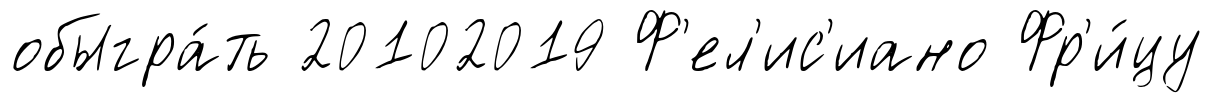
обыгра́ть 20102019 Ф'ел'ис'иано Фр'и́цу